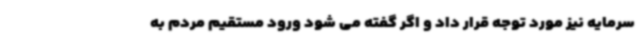
سرمایه نیز مورد توجه قرار داد و اگر گفته می شود ورود مستقیم مردم به